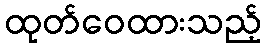
ထုတ်ဝေထားသည့်